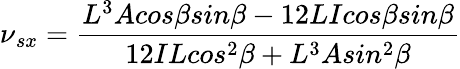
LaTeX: \nu{_{sx}}=\frac{L^{3}Acos\beta sin\beta-12LIcos\beta sin\beta}{12ILcos^{2}\beta+L^{3}Asin^{2}\beta}